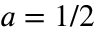
a = 1 / 2